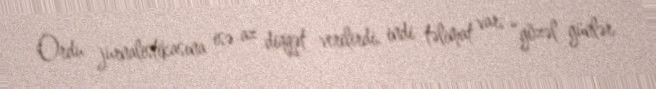
Ordu jurnalistikasına isə az diqqət verilirdi, indi təlimat var, “gözəl günlər